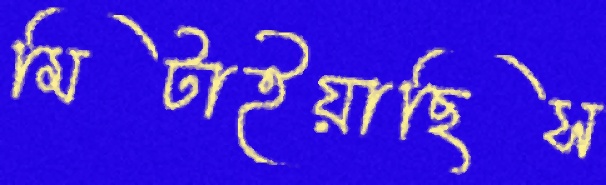
মিটাইয়াছিস